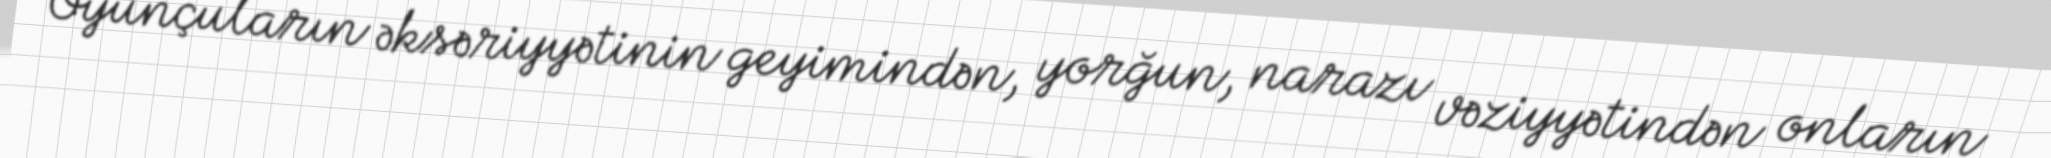
Oyunçuların əksəriyyətinin geyimindən, yorğun, narazı vəziyyətindən onların